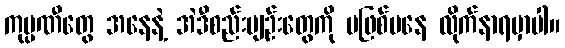
ကုမ္ပဏီတွေ အနေနဲ့ အဲဒီစည်းမျဉ်းတွေကို မဖြစ်မနေ လိုက်နာရမှာပါ။